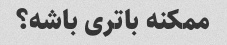
ممکنه باتری باشه؟